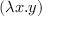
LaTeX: ( \lambda x . y )